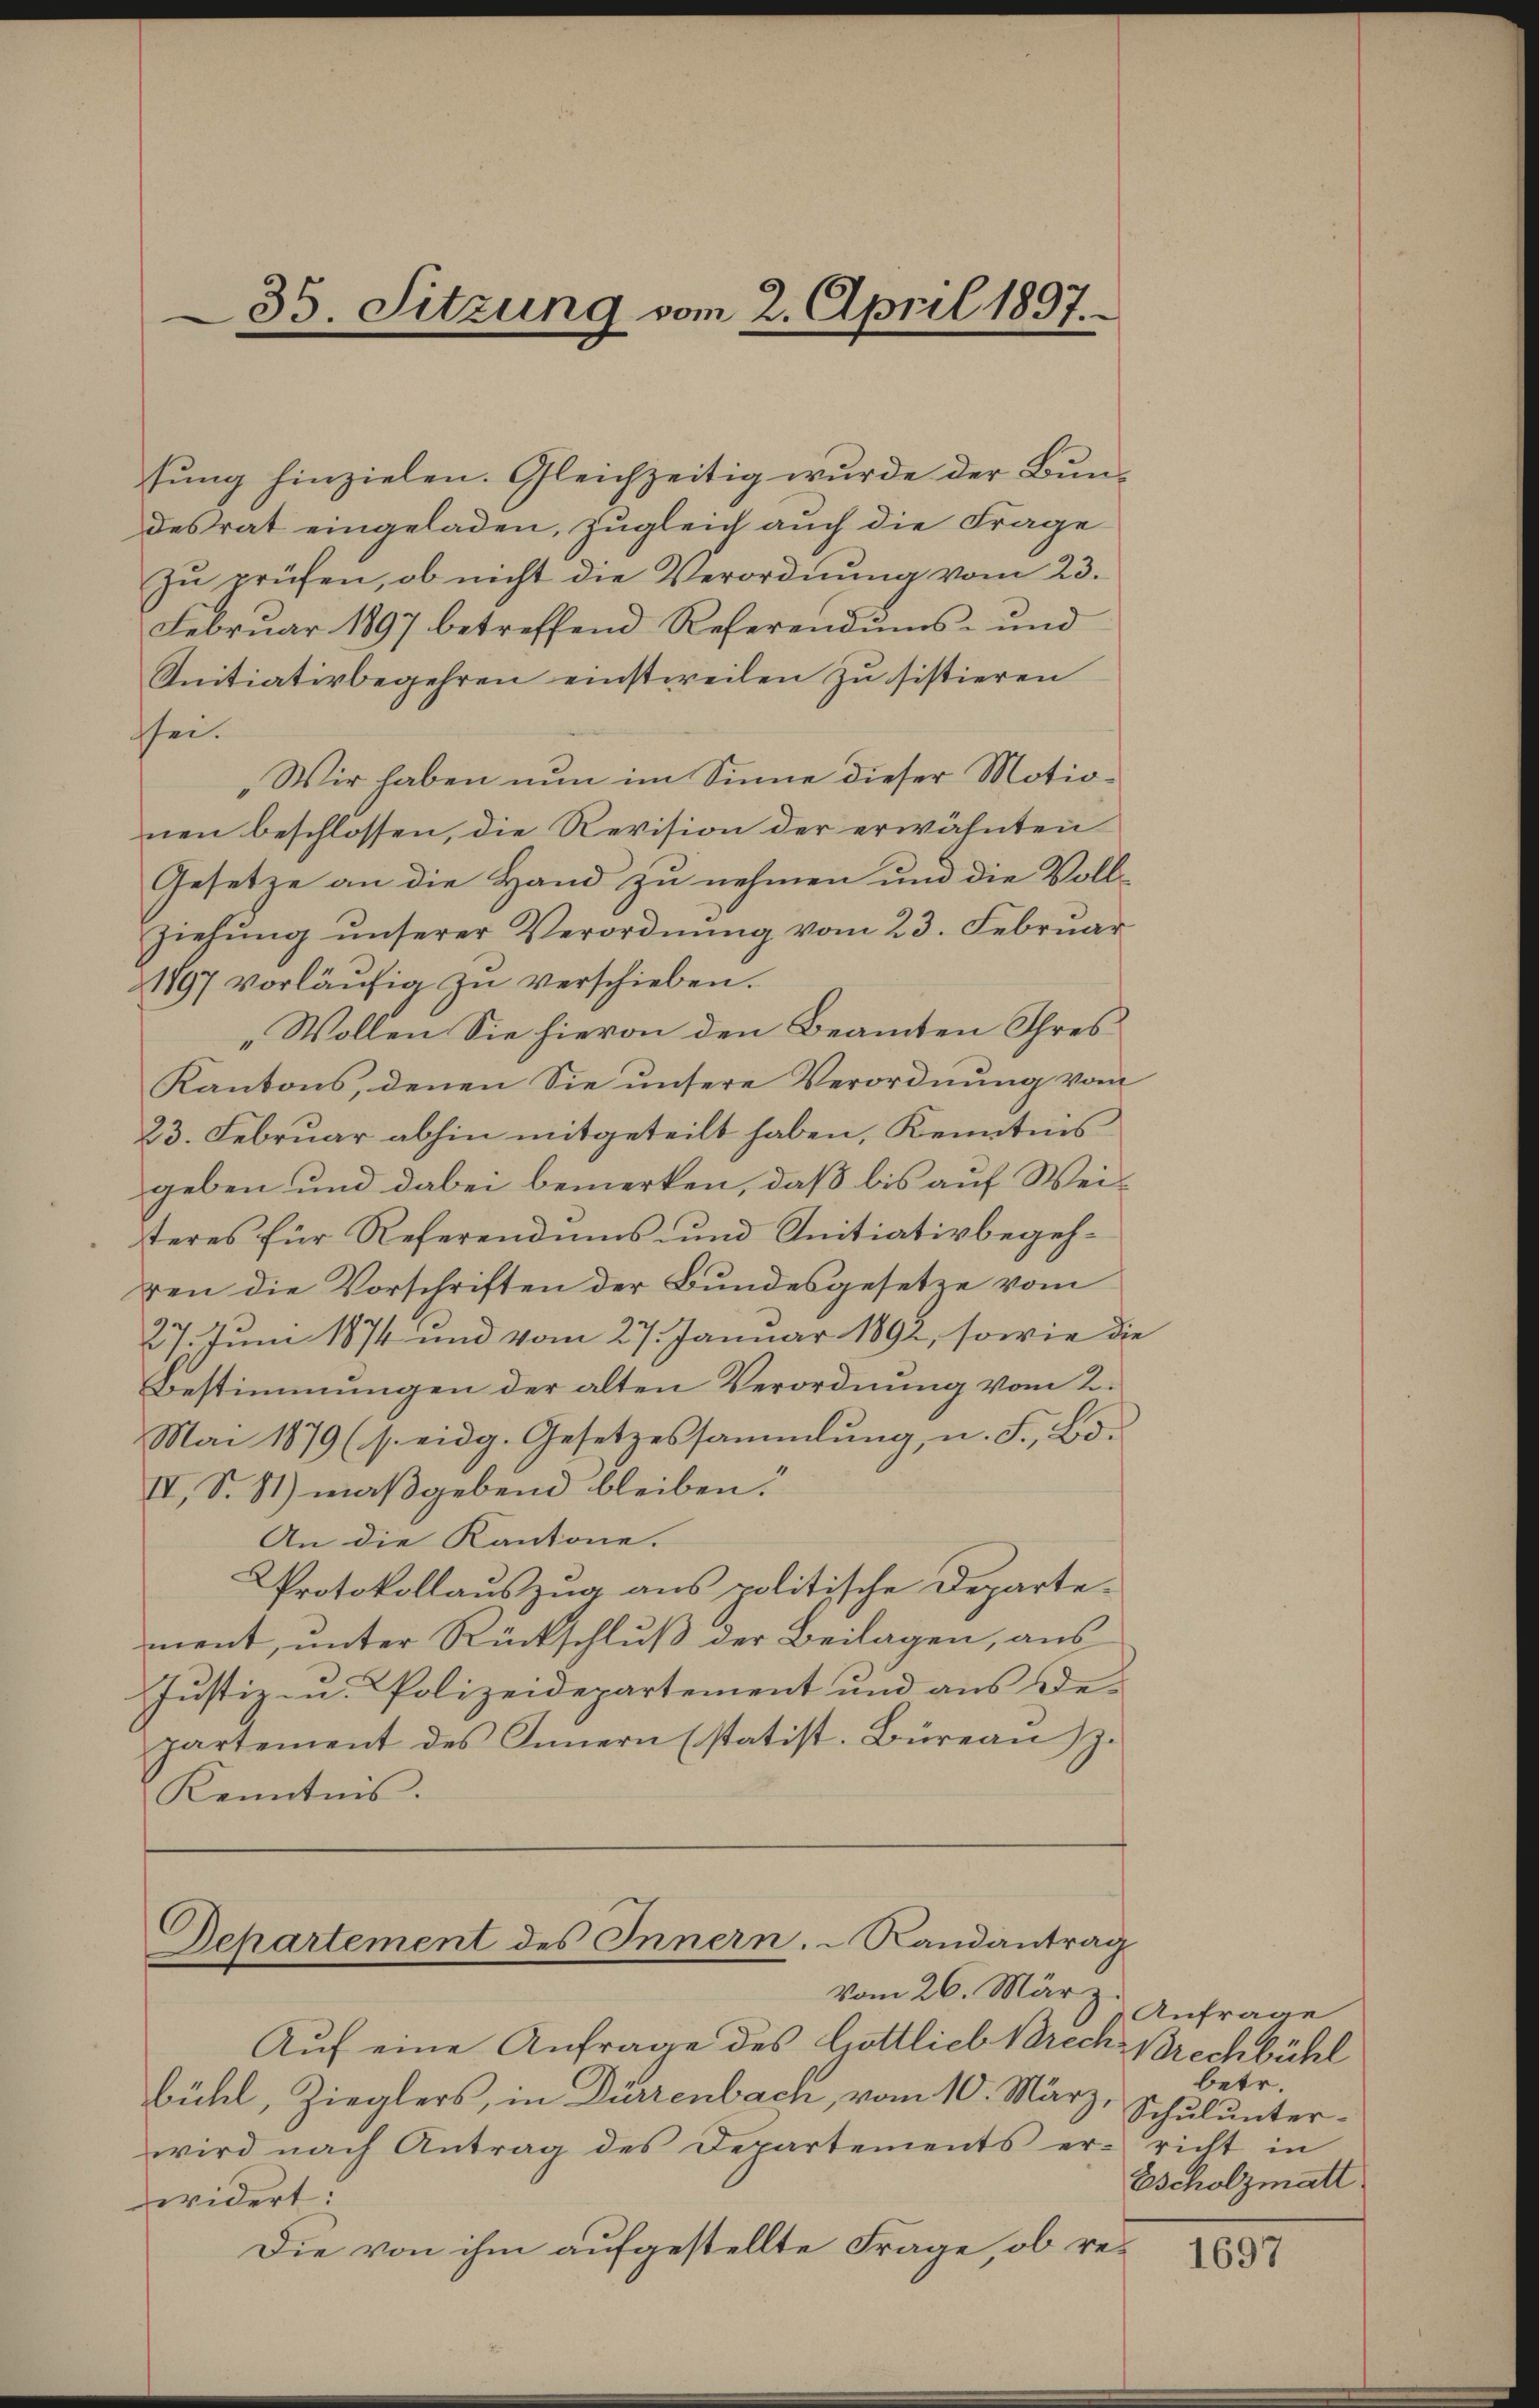
35. Sitzung vom 2. April 1897.

Februar 1897 betreffend Referendums- und
Initiativbegehren einstweilen zu sistieren
sei.
Wir haben nun im Sinne dieser Motionen beschlossen, die Revision der erwähnten
Gesetze an die Hand zu nehmen und die Voll-
ziehŭng ŭnserer Verordnŭng vom 23. Febrŭar
1897 vorläŭfig zŭ verschieben.
„Wollen Sie hievon den Beamten Ihres
Kantons, denen Sie unsere Verordnŭng vom
23. Februar abhin mitgeteilt haben, Kenntnis
geben und dabei bemerken, daß bis auf Wei-
teres für Referendums und Initiativbegehren die Vorschriften der Bundesgesetze vom
27. Juni 1874 und vom 27. Januar 1891, sowie die
Bestimmungen der alten Verordnung vom 2.
Mai 1879 (s. eidg. Gesetzessammlung, u. F., Bd.
IV, S. St.) maßgebend bleiben.
An die Kantone.
Protokollauszug aus politische Departe-
ment, unter Rückschluß der Beilagen, aus
Justiz- u. Polizeidepartement und aus De-
partement des Innern (statist. Büreaŭ z.
Kenntnis.

sung hinzielen. Gleichzeitig wurde der Bundesrat eingeladen, zugleich auch die Frage
zŭ prüfen, ob nicht die Verordnŭng vom 23.

Departement des Innern. Randantrag
Vom 26. März.

Auf eine Anfrage des Gottlieb Brech Brechbühl
bühl, Zieglers, in Dürzenbach, vom 10. März,
wird nach Antrag des Departements erricht in
widert.
Die von ihm aufgestellte Frage, ob re¬

Anfrage
betr.
Schulunter-
Zscholzmatt

1897